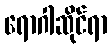
ရောဂါဆိုင်ရာ